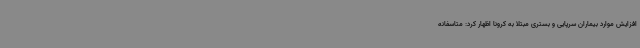
افزایش موارد بیماران سرپایی و بستری مبتلا به کرونا اظهار کرد: متاسفانه